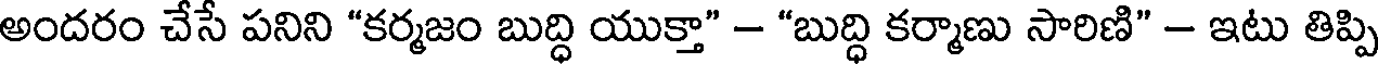
అందరం చేసే పనిని "కర్మజం బుద్ధి యుక్తా" - "బుద్ధి కర్మాణు సారిణి" - ఇటు తిప్పి